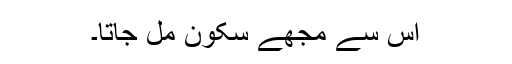
اس سے مجھے سکون مل جاتا۔